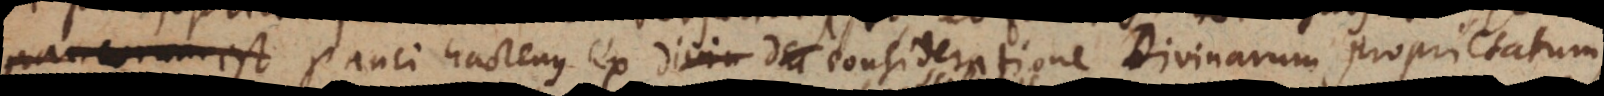
. Sed pauci hactenus ex consideratione Divinarum proprietatum,